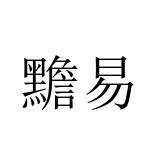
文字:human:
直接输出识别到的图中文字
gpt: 黵易